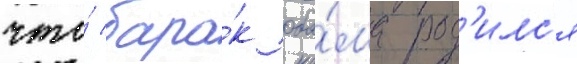
что́ бара́к оба́ма род'илс'я